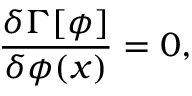
\frac { \delta \Gamma [ \phi ] } { \delta \phi ( x ) } = 0 ,